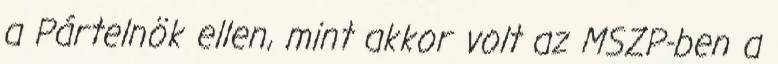
a Pártelnök ellen, mint akkor volt az MSZP-ben a